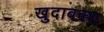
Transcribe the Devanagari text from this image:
खुदाबक्‍श